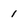
Character: 1